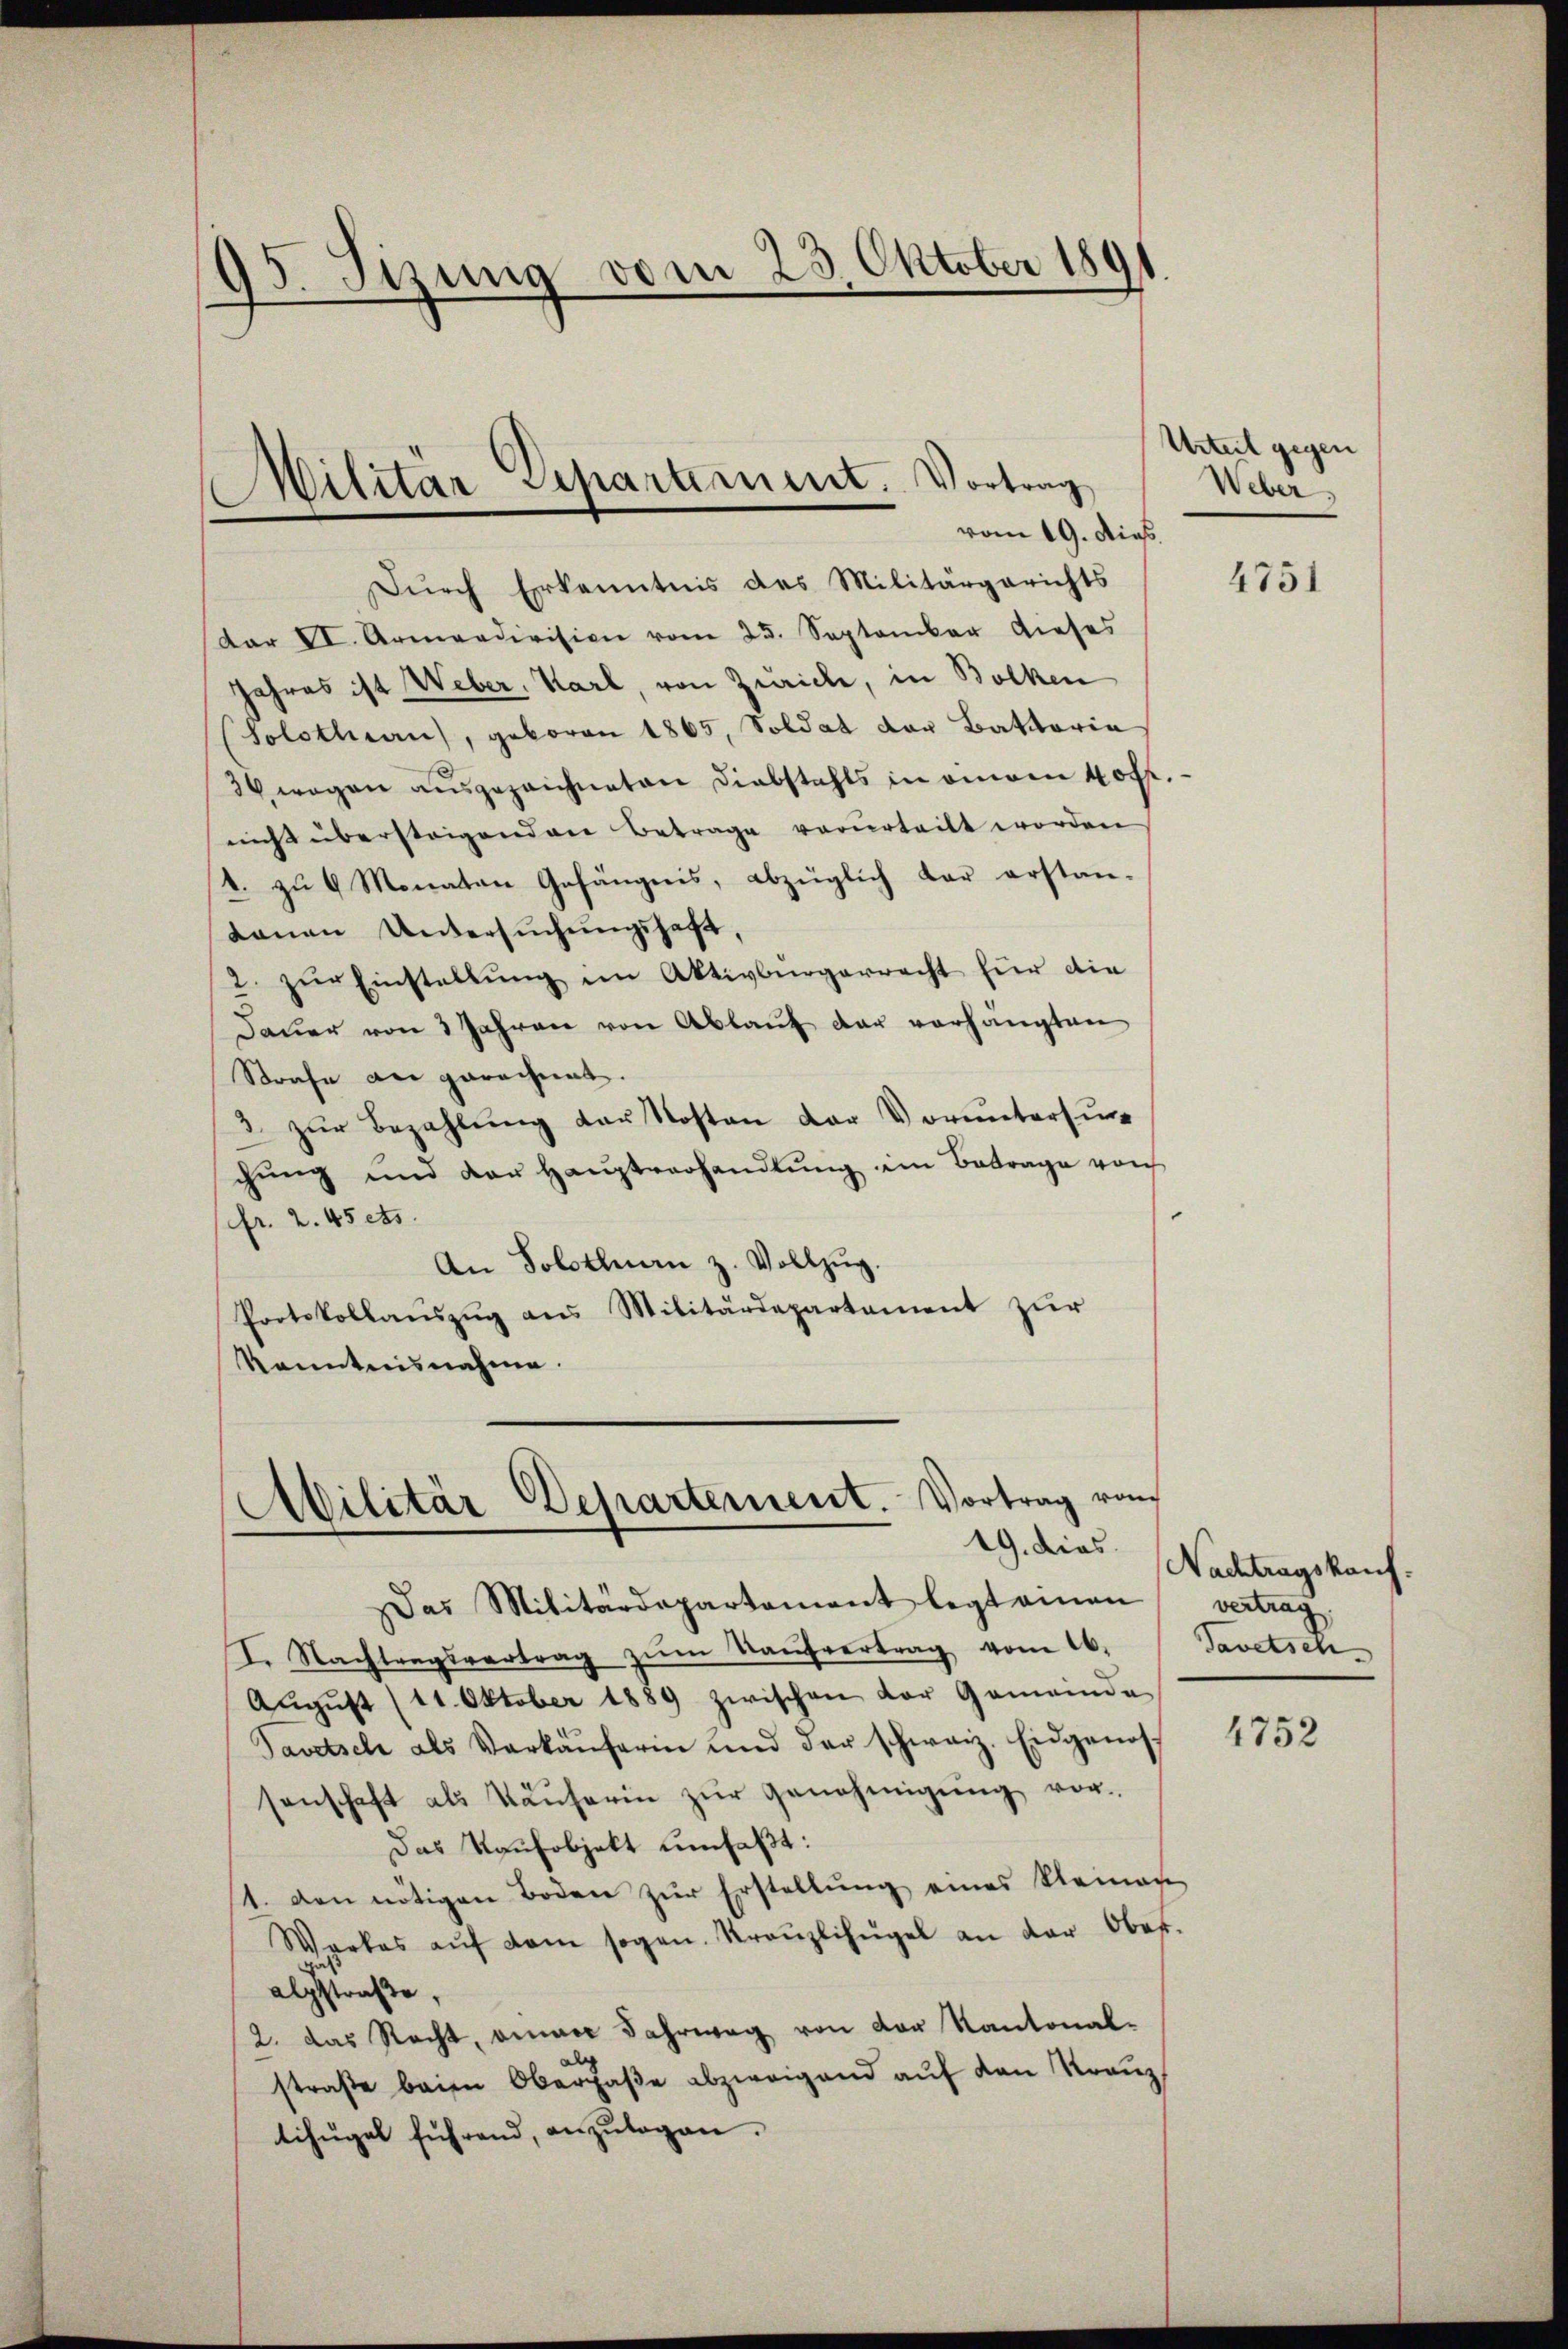
.
95. Stzung vom 23. Oktober 180

Dŭrch Erkenntnis des Militärgerichts
dar VI. Armendivision vom 25. September dieses
Jahres ist Weber, Karl, von Zürich, in Bolken
(Solothurn, geboren 1865, Soldat der Battoria
34 wegen ausgezeichneten Diebstahls in einem 40 ff.
nicht überstrigenden Betrage verurteilt worden
1. zu 4 Monaten Gefängnis, abzüglich dar erstan-
danen Untersŭchŭngshaft,
2. zŭr Einstellŭng im Aktivbürgerrecht für die
Daŭer von 3 Jahren von Ablaŭf der vorhängten
Strafe der gerechnet.
d zŭr Bezahlung der Kosten der Voruntersuc
chung und der Hauptverhandlŭng im Betrage von
(fr. 2. 45 cts.
An Solothurn z. Vollzŭg.
Protokollanszŭg ans Militärdepartament zŭr
Kenntnisnahme.

Militar Separtiment. Vortrag
vom 19. dies

Militär-Departement. Vortrag von

as Militärdepartement legt amen
I. Nachtragsvertrag zŭm Kaŭfvertrag vom 16.
Aŭgŭst (11. Oktober 1889 zwischen der Gemeinde
Savetsch als Verkaŭferin und der schweiz. Eidgenos
senschaft als Käŭferin zŭr Genehmigŭng vor-
Das Kaufobjekt umfaßt:
1. den nötigen Boden zur Erstellung eines Kleinen
Warkes aŭf dem sogan. Kreŭzlihügel an der Ober-
algstraße,
2. das Recht, einen Fahrweg von der Kantonal-
straβe beim Obergaße abzweigend aŭf den Kranz
tihügel führend, anzŭlagen.

Urteil gegen
Weber,

4751

19. dies Nachtragskauf.
vertrag,
Savetsch

4752